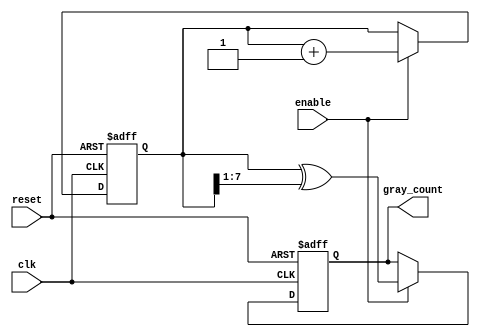
module gray_code_counter(
    input wire clk,         // Clock signal
    input wire reset,       // Asynchronous reset signal
    input wire enable,      // Control signal to enable counting
    output reg [7:0] gray_count // Gray code output (8 bits)
);

    reg [7:0] bin_count; // Binary counter (8 bits)

    // Asynchronous reset and counting on clock edge
    always @(posedge clk or posedge reset) begin
        if (reset) begin
            // Reset both counters
            bin_count <= 8'b0;
            gray_count <= 8'b0;
        end else if (enable) begin
            // Increment binary counter
            bin_count <= bin_count + 1;

            // Convert binary count to Gray code
            gray_count <= bin_count ^ (bin_count >> 1);
        end
    end

endmodule